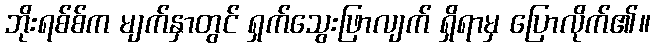
ဘိုးရစ်စ်က မျက်နှာတွင် ရှက်သွေးဖြာလျက် ရှိရာမှ ပြောလိုက်၏။